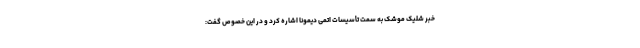
خبر شلیک موشک به سمت تأسیسات اتمی دیمونا اشاره کرد و در این خصوص گفت: